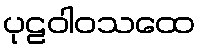
ပုဠဝါဝသထေ